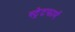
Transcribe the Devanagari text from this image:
स्ट्रेटफार्म